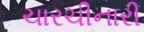
ચારચીનારી